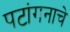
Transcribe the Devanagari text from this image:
पटांगनाचे